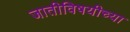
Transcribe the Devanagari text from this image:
जातीविषयीच्या